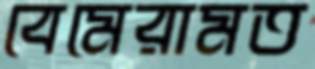
বেমেরামত